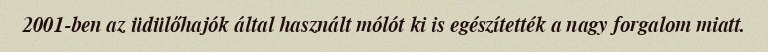
2001-ben az üdülőhajók által használt mólót ki is egészítették a nagy forgalom miatt.